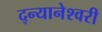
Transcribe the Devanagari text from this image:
द्न्यानेश्वरी